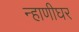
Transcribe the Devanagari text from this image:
न्हाणीघर